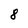
Character: 8